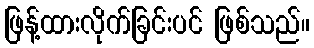
ဖြန့်ထားလိုက်ခြင်းပင် ဖြစ်သည်။